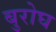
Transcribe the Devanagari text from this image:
बुरोघ